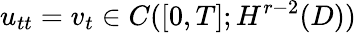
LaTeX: u_{tt}=v_{t}\in C([0,T];H^{r-2}(D))